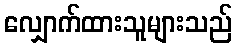
လျှောက်ထားသူများသည်